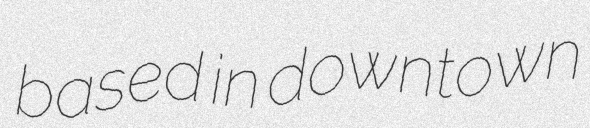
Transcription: based in downtown